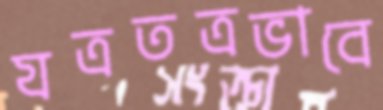
যত্রতত্রভাবে